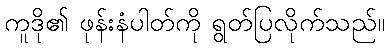
ကူဒို၏ ဖုန်းနံပါတ်ကို ရွတ်ပြလိုက်သည်။